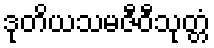
ဒုတိယသမဇီဝီသုတ္တံ